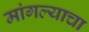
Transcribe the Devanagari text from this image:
मांगल्याचा